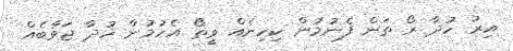
އިރު ހުދާ ރޯ ތަން ފެނުމުން ކިހިނެއް ވީތޯ އެހުމުން ހުދާ ޖަވާބެއް